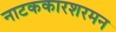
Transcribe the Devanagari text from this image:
नाटककारशरमन